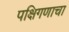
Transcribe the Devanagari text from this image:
पक्षिगणाचा